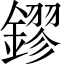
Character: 鏐